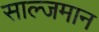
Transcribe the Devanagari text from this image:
साल्जमान